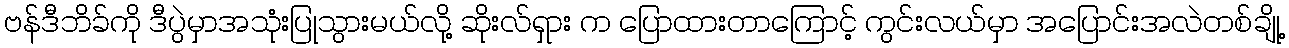
ဗန်ဒီဘိခ်ကို ဒီပွဲမှာအသုံးပြုသွားမယ်လို့ ဆိုးလ်ရှား က ပြောထားတာကြောင့် ကွင်းလယ်မှာ အပြောင်းအလဲတစ်ချို့